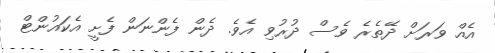
އެއް ވަރަށް ދޭތެރެ ވެސް ދުރުވި އެވެ. ދެން ފެންނަން ފެށީ އެކައުންޓް